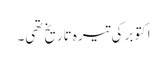
اکتوبر کی تیرہ تاریخ تھی۔